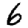
Digit: 6